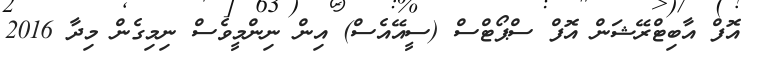
އޮފް އާބިޓްރޭޝަން އޮފް ސްޕޯޓްސް (ސީއޭއެސް) އިން ނިންމީވެސް ނިމިގެން މިދާ 2016